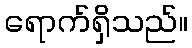
ရောက်ရှိသည်။